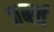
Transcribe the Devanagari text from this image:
जर्ब्स्त